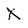
Character: X